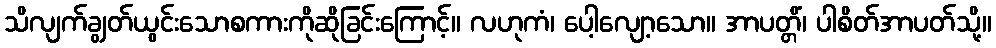
သိလျက်ချွတ်ယွင်းသောစကားကိုဆိုခြင်းကြောင့်။ လဟုကံ၊ ပေါ့လျော့သော။ အာပတ္တိံ၊ ပါစိတ်အာပတ်သို့။